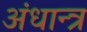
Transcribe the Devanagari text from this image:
अंधान्त्र